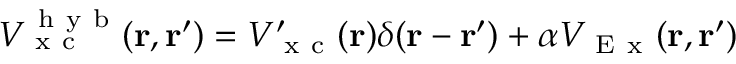
V _ { \mathrm { ~ x ~ c ~ } } ^ { \mathrm { ~ h ~ y ~ b ~ } } ( \mathbf { r } , \mathbf { r } ^ { \prime } ) = V _ { \mathrm { ~ x ~ c ~ } } ^ { \prime } ( \mathbf { r } ) \delta ( \mathbf { r } - \mathbf { r } ^ { \prime } ) + \alpha V _ { \mathrm { ~ E ~ x ~ } } ( \mathbf { r } , \mathbf { r } ^ { \prime } )